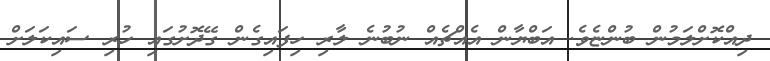
ދިއްކޮށްލަމުން ބުންޏެވެ. އަބްޔާން އެއްޗެއް ނުބުނެ ލާރި ހިފައިގެން ގޭދޮށުގައި ހުރި ސައިކަލަށް